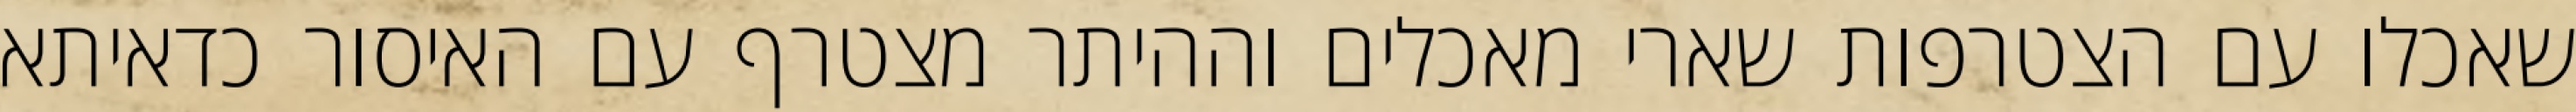
שאכלו עם הצטרפות שארי מאכלים וההיתר מצטרף עם האיסור כדאיתא